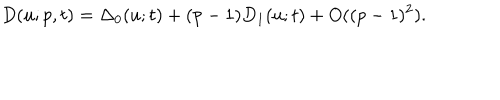
LaTeX: D ( u ; p , t ) = \Delta _ { 0 } ( u ; t ) + ( p - 1 ) D _ { 1 } ( u ; t ) + O ( ( p - 1 ) ^ { 2 } ) .